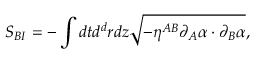
S _ { B I } = - \int d t d ^ { d } r d z \sqrt { - \eta ^ { A B } \partial _ { A } \alpha \cdot \partial _ { B } \alpha } ,